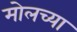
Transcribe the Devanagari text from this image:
मोलच्या